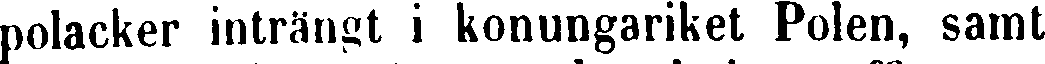
polacker inträngt i konungariket Polen, samt